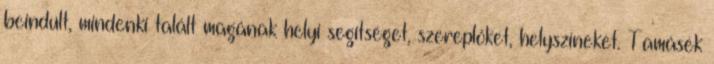
beindult, mindenki talált magának helyi segítséget, szereplőket, helyszíneket. Tamásék